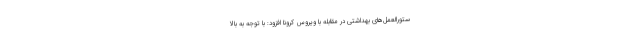
ستورالعمل‌های بهداشتی در مقابله با ویروس کرونا افزود: با توجه به بالا